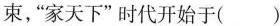
束，”家天下”时代开始于( )